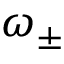
\omega _ { \pm }